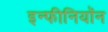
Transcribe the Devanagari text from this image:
इन्फीनियॉन